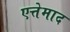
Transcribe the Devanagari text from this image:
एत्तेमाद